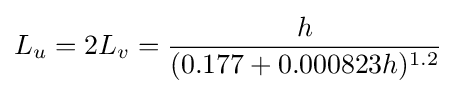
L_{u}=2L_{v}={\frac {h}{(0.177+0.000823h)^{1.2}}}